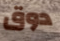
دوق